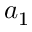
a _ { 1 }